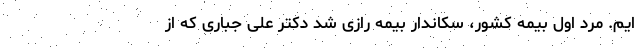
ایم. مرد اول بیمه کشور، سکاندار بیمه رازی شد دکتر علی جباری که از